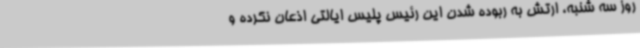
روز سه شنبه، ارتش به ربوده شدن این رئیس پلیس ایالتی اذعان نکرده و